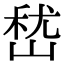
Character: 嵆